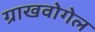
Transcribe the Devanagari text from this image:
ग्राखवोगेल